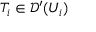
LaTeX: T _ { i } \in { \mathcal { D } } ^ { \prime } ( U _ { i } )